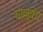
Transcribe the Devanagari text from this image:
चाल्लुक्य